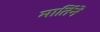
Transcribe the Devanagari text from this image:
मार्तिने